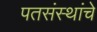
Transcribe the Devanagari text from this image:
पतसंस्थांचे